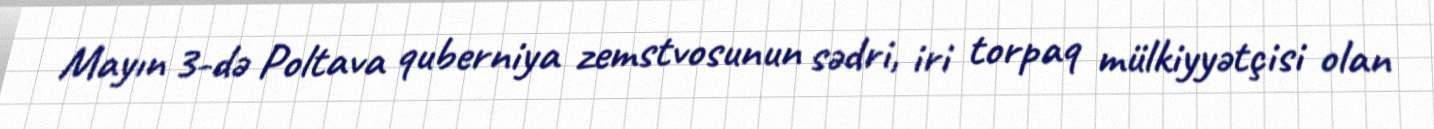
Mayın 3-də Poltava quberniya zemstvosunun sədri, iri torpaq mülkiyyətçisi olan